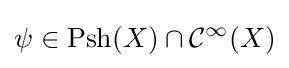
\psi \in {\text{Psh}}(X)\cap {\mathcal {C}}^{\infty }(X)